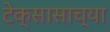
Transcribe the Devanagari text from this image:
टेक्सासाच्या